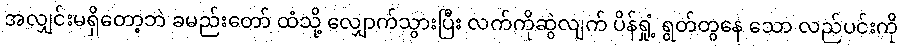
အလျှင်းမရှိတော့ဘဲ ခမည်းတော် ထံသို့ လျှောက်သွားပြီး လက်ကိုဆွဲလျက် ပိန်ရှုံ့ ရွတ်တွနေ သော လည်ပင်းကို